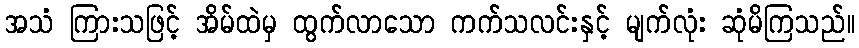
အသံ ကြားသဖြင့် အိမ်ထဲမှ ထွက်လာသော ကက်သလင်းနှင့် မျက်လုံး ဆုံမိကြသည်။